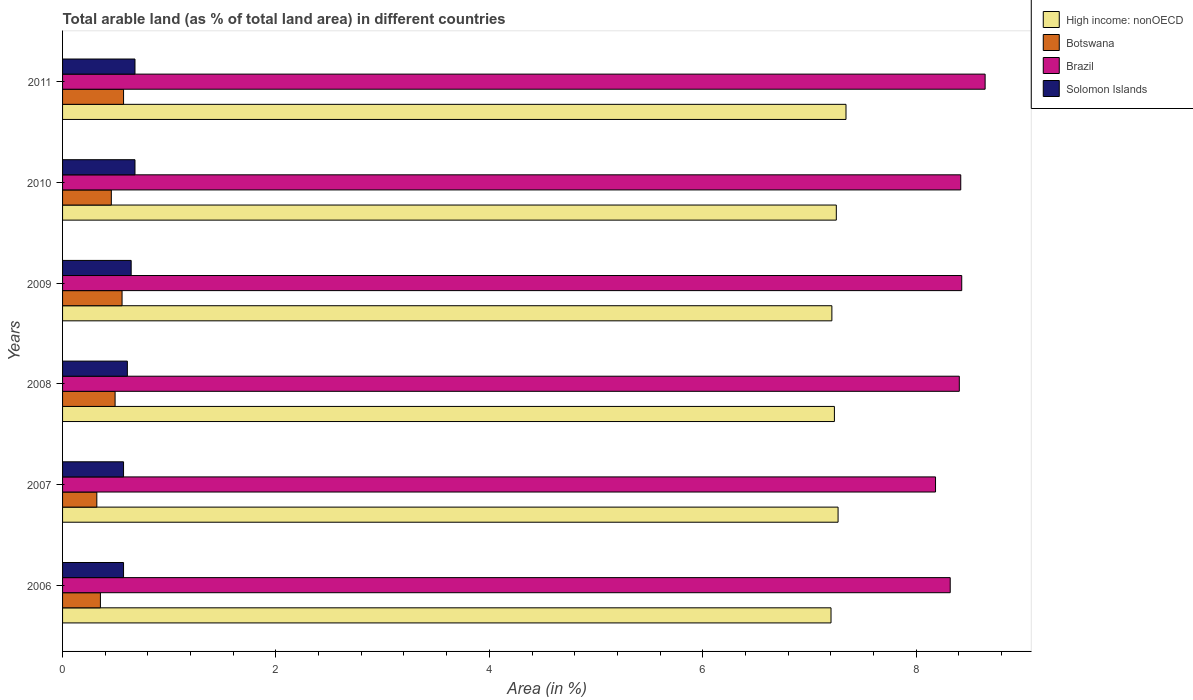
| Years | High income: nonOECD | Botswana | Brazil | Solomon Islands |
 | --- | --- | --- | --- | --- |
 | 2006 | 7.2 | 0.355 | 8.32 | 0.572 |
 | 2007 | 7.27 | 0.321 | 8.18 | 0.572 |
 | 2008 | 7.23 | 0.492 | 8.4 | 0.607 |
 | 2009 | 7.21 | 0.558 | 8.43 | 0.643 |
 | 2010 | 7.25 | 0.457 | 8.42 | 0.679 |
 | 2011 | 7.34 | 0.572 | 8.65 | 0.679 |